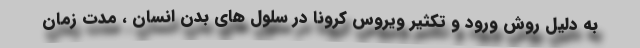
به دلیل روش ورود و تکثیر ویروس کرونا در سلول های بدن انسان ، مدت زمان